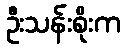
ဦးသန်းစိုးက